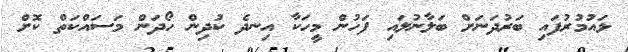
ޅައުމުރުފައި ބަރުދަަނަށް ބަލާނުލައި ފަހުން މީހަކާ އިނދެ ކުދިން ހޯދަން މަސައްކަތް ކޮށް